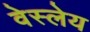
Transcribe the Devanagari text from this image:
वेस्लेय